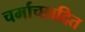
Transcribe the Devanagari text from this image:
चर्माच्छादित